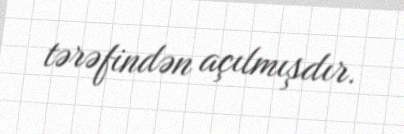
tərəfindən açılmışdır.